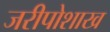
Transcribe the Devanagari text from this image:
जरीपोशाख